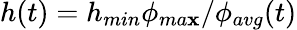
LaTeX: h(t)=h_{min}\phi_{ma\mathbf{x}}/\phi_{avg}(t)